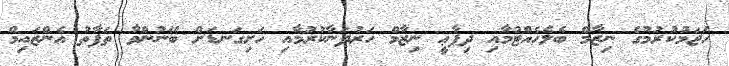
ހަޖަމުކުރުމުގެ ނިޒާމް ބެލެހެއްޓުމާއި ދިފާޢީ ނިޒާމް ހަރުދަނާކުރުމާއި ހަށިގަނޑަށް ބޭނުންވާ ތަފާތު އެންޒައިމް